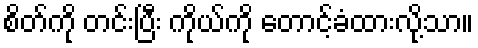
စိတ်ကို တင်းပြီး ကိုယ်ကို တောင့်ခံထားလို့သာ။